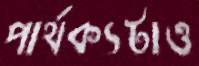
পার্থক্যটাও